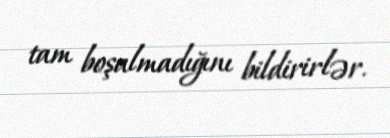
tam boşalmadığını bildirirlər.